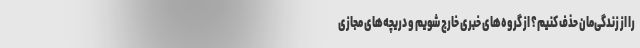
را از زندگی‌مان حذف کنیم؟ از گروه‌های خبری خارج شویم و دریچه‌های مجازی